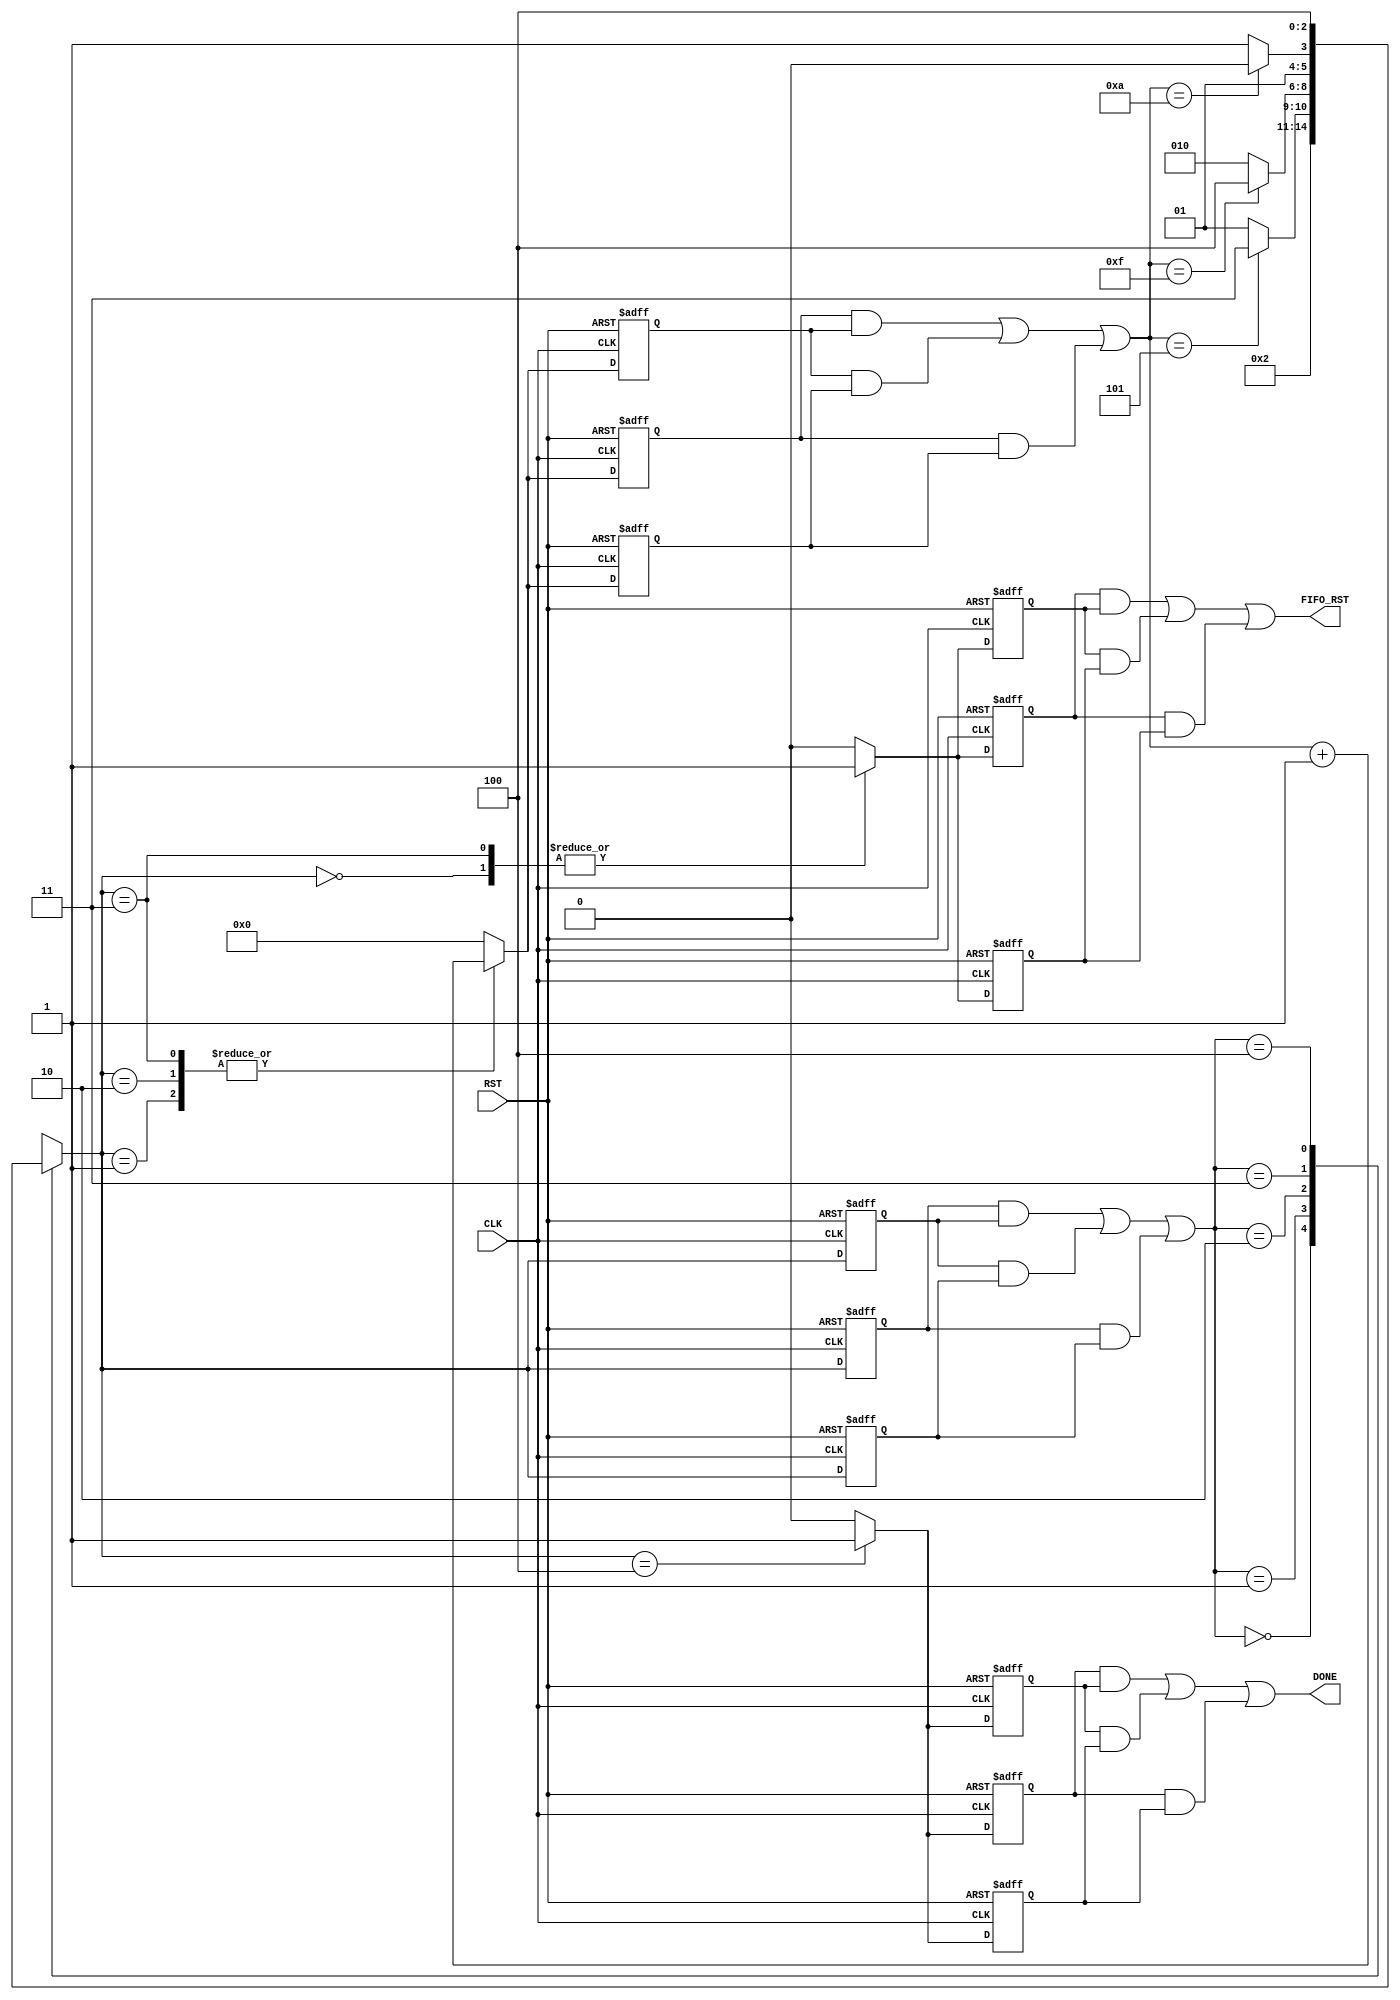

// Created by fizzim_tmr.pl version $Revision: 4.44 on 2014:08:26 at 12:35:07 (www.fizzim.com)

module DAQ_FIFO_Rst_FSM_TMR (
  output DONE,
  output FIFO_RST,
  input CLK,
  input RST 
);

  // state bits
  parameter 
  Idle        = 3'b000, 
  Clear       = 3'b001, 
  Pause       = 3'b010, 
  Reset_FIFOs = 3'b011, 
  Run         = 3'b100; 

  (* syn_preserve = "true" *) reg [2:0] state_1;
  (* syn_preserve = "true" *) reg [2:0] state_2;
  (* syn_preserve = "true" *) reg [2:0] state_3;

  (* syn_keep = "true" *) wire [2:0] voted_state_1;
  (* syn_keep = "true" *) wire [2:0] voted_state_2;
  (* syn_keep = "true" *) wire [2:0] voted_state_3;

  assign voted_state_1    = (state_1    & state_2   ) | (state_2    & state_3   ) | (state_1    & state_3   ); // Majority logic
  assign voted_state_2    = (state_1    & state_2   ) | (state_2    & state_3   ) | (state_1    & state_3   ); // Majority logic
  assign voted_state_3    = (state_1    & state_2   ) | (state_2    & state_3   ) | (state_1    & state_3   ); // Majority logic

  (* syn_keep = "true" *) reg [2:0] nextstate_1;
  (* syn_keep = "true" *) reg [2:0] nextstate_2;
  (* syn_keep = "true" *) reg [2:0] nextstate_3;

  (* syn_preserve = "true" *)  reg DONE_1;
  (* syn_preserve = "true" *)  reg DONE_2;
  (* syn_preserve = "true" *)  reg DONE_3;
  (* syn_preserve = "true" *)  reg FIFO_RST_1;
  (* syn_preserve = "true" *)  reg FIFO_RST_2;
  (* syn_preserve = "true" *)  reg FIFO_RST_3;
  (* syn_preserve = "true" *)  reg [3:0] hold_1;
  (* syn_preserve = "true" *)  reg [3:0] hold_2;
  (* syn_preserve = "true" *)  reg [3:0] hold_3;
  (* syn_keep = "true" *)      wire [3:0] voted_hold_1;
  (* syn_keep = "true" *)      wire [3:0] voted_hold_2;
  (* syn_keep = "true" *)      wire [3:0] voted_hold_3;

  // Assignment of outputs and flags to voted majority logic of replicated registers
  assign DONE     = (DONE_1     & DONE_2    ) | (DONE_2     & DONE_3    ) | (DONE_1     & DONE_3    ); // Majority logic
  assign FIFO_RST = (FIFO_RST_1 & FIFO_RST_2) | (FIFO_RST_2 & FIFO_RST_3) | (FIFO_RST_1 & FIFO_RST_3); // Majority logic
  assign voted_hold_1     = (hold_1     & hold_2    ) | (hold_2     & hold_3    ) | (hold_1     & hold_3    ); // Majority logic
  assign voted_hold_2     = (hold_1     & hold_2    ) | (hold_2     & hold_3    ) | (hold_1     & hold_3    ); // Majority logic
  assign voted_hold_3     = (hold_1     & hold_2    ) | (hold_2     & hold_3    ) | (hold_1     & hold_3    ); // Majority logic

  // Assignment of error detection logic to replicated signals

  // comb always block
  always @* begin
    nextstate_1 = 3'bxxx; // default to x because default_state_is_x is set
    nextstate_2 = 3'bxxx; // default to x because default_state_is_x is set
    nextstate_3 = 3'bxxx; // default to x because default_state_is_x is set
    case (voted_state_1)
      Idle       :                             nextstate_1 = Clear;
      Clear      : if (voted_hold_1 == 4'd5)   nextstate_1 = Reset_FIFOs;
                   else                        nextstate_1 = Clear;
      Pause      : if (voted_hold_1 == 4'd15)  nextstate_1 = Run;
                   else                        nextstate_1 = Pause;
      Reset_FIFOs: if (voted_hold_1 == 4'd10)  nextstate_1 = Pause;
                   else                        nextstate_1 = Reset_FIFOs;
      Run        :                             nextstate_1 = Run;
    endcase
    case (voted_state_2)
      Idle       :                             nextstate_2 = Clear;
      Clear      : if (voted_hold_2 == 4'd5)   nextstate_2 = Reset_FIFOs;
                   else                        nextstate_2 = Clear;
      Pause      : if (voted_hold_2 == 4'd15)  nextstate_2 = Run;
                   else                        nextstate_2 = Pause;
      Reset_FIFOs: if (voted_hold_2 == 4'd10)  nextstate_2 = Pause;
                   else                        nextstate_2 = Reset_FIFOs;
      Run        :                             nextstate_2 = Run;
    endcase
    case (voted_state_3)
      Idle       :                             nextstate_3 = Clear;
      Clear      : if (voted_hold_3 == 4'd5)   nextstate_3 = Reset_FIFOs;
                   else                        nextstate_3 = Clear;
      Pause      : if (voted_hold_3 == 4'd15)  nextstate_3 = Run;
                   else                        nextstate_3 = Pause;
      Reset_FIFOs: if (voted_hold_3 == 4'd10)  nextstate_3 = Pause;
                   else                        nextstate_3 = Reset_FIFOs;
      Run        :                             nextstate_3 = Run;
    endcase
  end

  // Assign reg'd outputs to state bits

  // sequential always block
  always @(posedge CLK or posedge RST) begin
    if (RST) begin
      state_1 <= Idle;
      state_2 <= Idle;
      state_3 <= Idle;
    end
    else begin
      state_1 <= nextstate_1;
      state_2 <= nextstate_2;
      state_3 <= nextstate_3;
    end
  end

  // datapath sequential always block
  always @(posedge CLK or posedge RST) begin
    if (RST) begin
      DONE_1 <= 0;
      DONE_2 <= 0;
      DONE_3 <= 0;
      FIFO_RST_1 <= 1;
      FIFO_RST_2 <= 1;
      FIFO_RST_3 <= 1;
      hold_1 <= 4'h0;
      hold_2 <= 4'h0;
      hold_3 <= 4'h0;
    end
    else begin
      DONE_1 <= 0; // default
      DONE_2 <= 0; // default
      DONE_3 <= 0; // default
      FIFO_RST_1 <= 0; // default
      FIFO_RST_2 <= 0; // default
      FIFO_RST_3 <= 0; // default
      hold_1 <= 4'h0; // default
      hold_2 <= 4'h0; // default
      hold_3 <= 4'h0; // default
      case (nextstate_1)
        Idle       :        FIFO_RST_1 <= 1;
        Clear      :        hold_1 <= voted_hold_1 + 1;
        Pause      :        hold_1 <= voted_hold_1 + 1;
        Reset_FIFOs: begin
                            FIFO_RST_1 <= 1;
                            hold_1 <= voted_hold_1 + 1;
        end
        Run        :        DONE_1 <= 1;
      endcase
      case (nextstate_2)
        Idle       :        FIFO_RST_2 <= 1;
        Clear      :        hold_2 <= voted_hold_2 + 1;
        Pause      :        hold_2 <= voted_hold_2 + 1;
        Reset_FIFOs: begin
                            FIFO_RST_2 <= 1;
                            hold_2 <= voted_hold_2 + 1;
        end
        Run        :        DONE_2 <= 1;
      endcase
      case (nextstate_3)
        Idle       :        FIFO_RST_3 <= 1;
        Clear      :        hold_3 <= voted_hold_3 + 1;
        Pause      :        hold_3 <= voted_hold_3 + 1;
        Reset_FIFOs: begin
                            FIFO_RST_3 <= 1;
                            hold_3 <= voted_hold_3 + 1;
        end
        Run        :        DONE_3 <= 1;
      endcase
    end
  end

  // This code allows you to see state names in simulation
  `ifndef SYNTHESIS
  reg [87:0] statename;
  always @* begin
    case (state_1)
      Idle       : statename = "Idle";
      Clear      : statename = "Clear";
      Pause      : statename = "Pause";
      Reset_FIFOs: statename = "Reset_FIFOs";
      Run        : statename = "Run";
      default    : statename = "XXXXXXXXXXX";
    endcase
  end
  `endif

endmodule